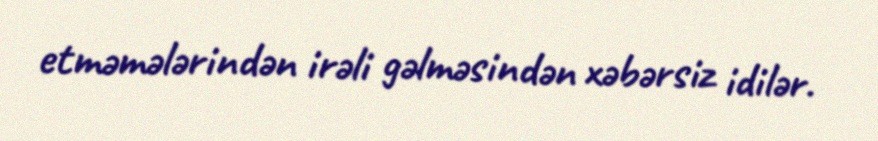
etməmələrindən irəli gəlməsindən xəbərsiz idilər.